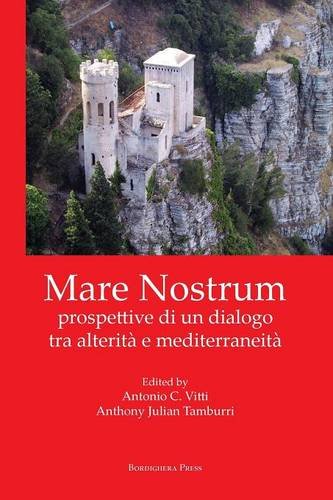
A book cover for Mare Nostrum: Prospettive Di Un Dialogo Tra Alterita E Mediterraneita (Italian Edition); Literature & Fiction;